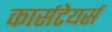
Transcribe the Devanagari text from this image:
कार्सटेयर्स